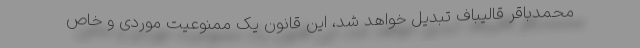
محمدباقر قالیباف تبدیل خواهد شد، این قانون یک ممنوعیت موردی و خاص